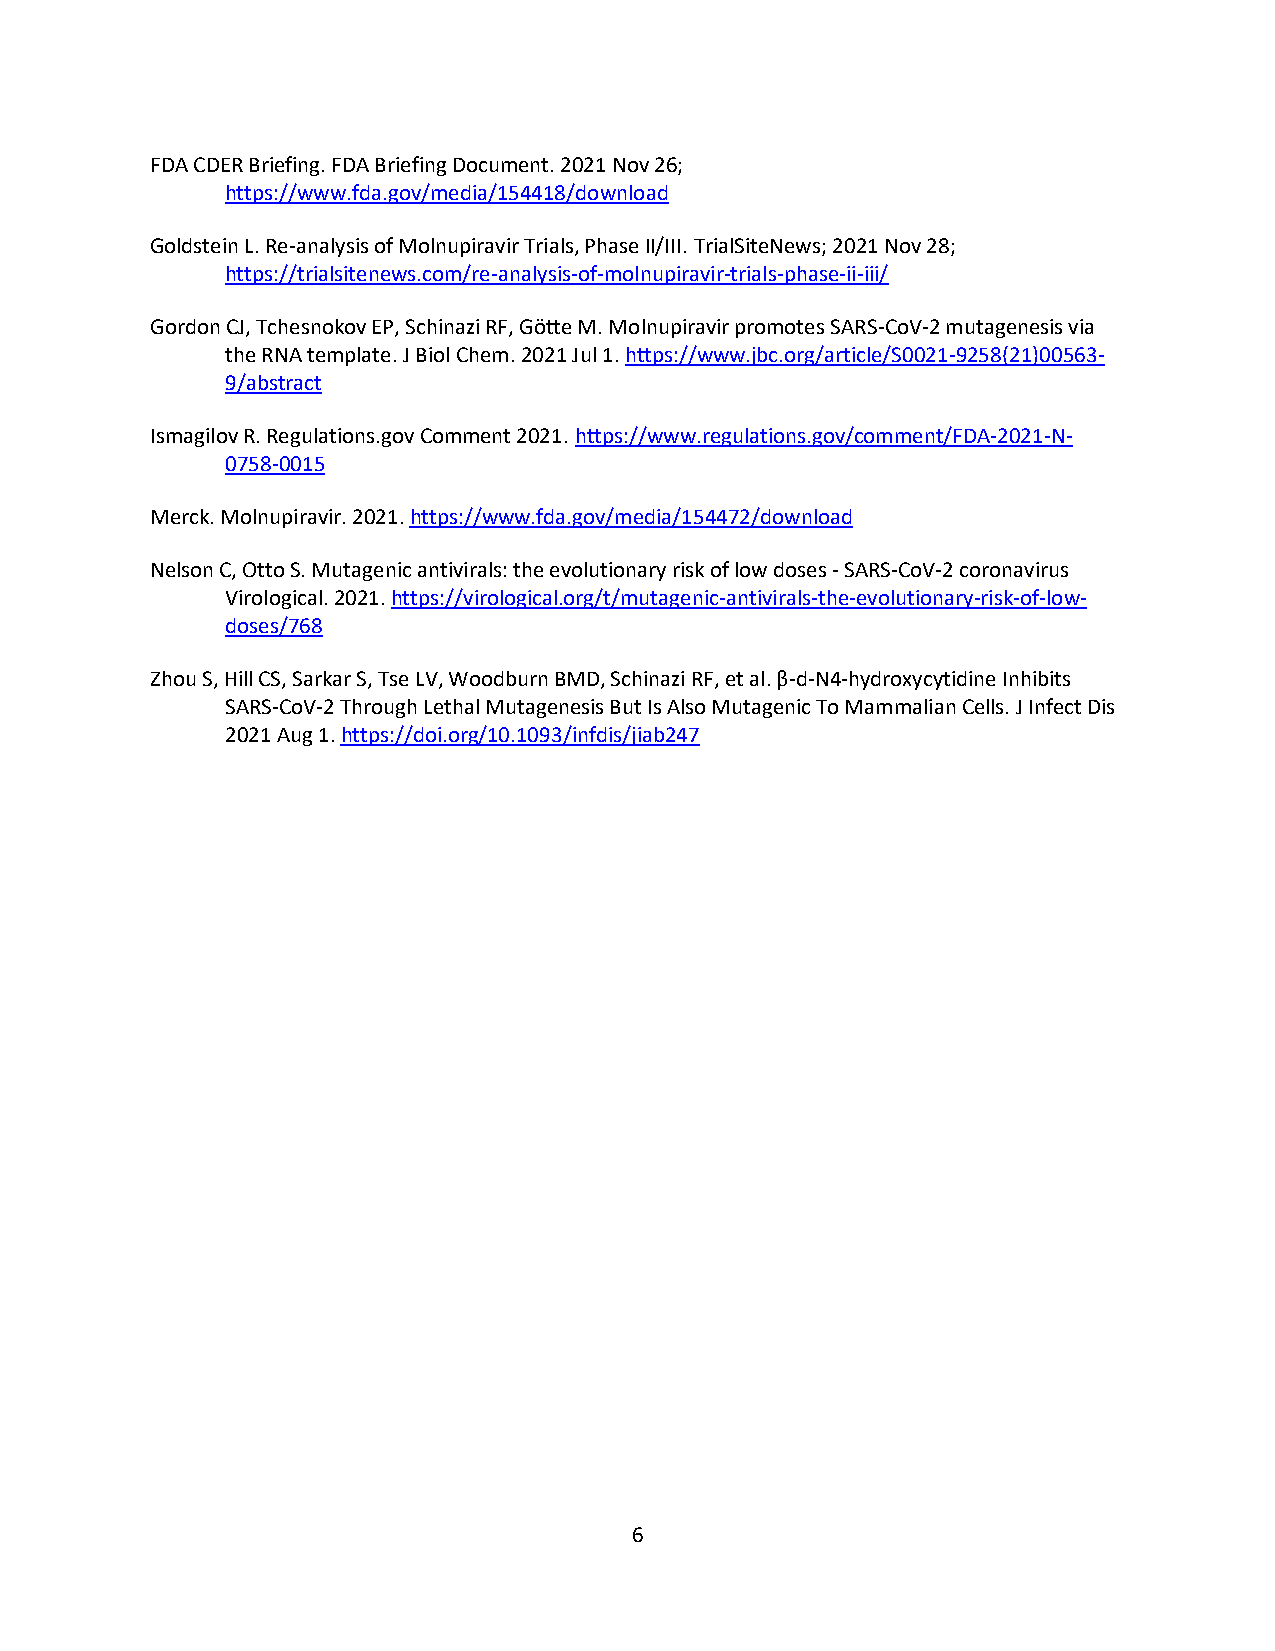
FDA CDER Briefing. FDA Briefing Document. 2021 Nov 26;
 https://www.fda.gov/media/154418/download
 Goldstein L. Re-analysis of Molnupiravir Trials, Phase II/III. TrialSiteNews; 2021 Nov 28;
 https://trialsitenews.com/re-analysis-of-molnupiravir-trials-phase-ii-iii/
 Gordon CJ, Tchesnokov EP, Schinazi RF, Götte M. Molnupiravir promotes SARS-CoV-2 mutagenesis via
 the RNA template. J Biol Chem. 2021 Jul 1. https://www.jbc.org/article/S0021-9258(21)00563-
 9/abstract
 Ismagilov R. Regulations.gov Comment 2021. https://www.regulations.gov/comment/FDA-2021-N-
 0758-0015
 Merck. Molnupiravir. 2021. https://www.fda.gov/media/154472/download
 Nelson C, Otto S. Mutagenic antivirals: the evolutionary risk of low doses - SARS-CoV-2 coronavirus
 Virological. 2021. https://virological.org/t/mutagenic-antivirals-the-evolutionary-risk-of-low-
 doses/768
 Zhou S, Hill CS, Sarkar S, Tse LV, Woodburn BMD, Schinazi RF, et al. β-d-N4-hydroxycytidine Inhibits
 SARS-CoV-2 Through Lethal Mutagenesis But Is Also Mutagenic To Mammalian Cells. J Infect Dis
 2021 Aug 1. https://doi.org/10.1093/infdis/jiab247
 6